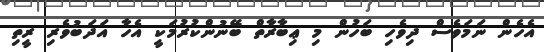
އެހެން ނަމަވެސް ދިވެހި ބަހުން މި ޢިބާރާތް ބޭނުންކުރުމަކީ އެހާ އަދަބުވެރި ރީތި